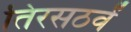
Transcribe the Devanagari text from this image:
तिरसठवें